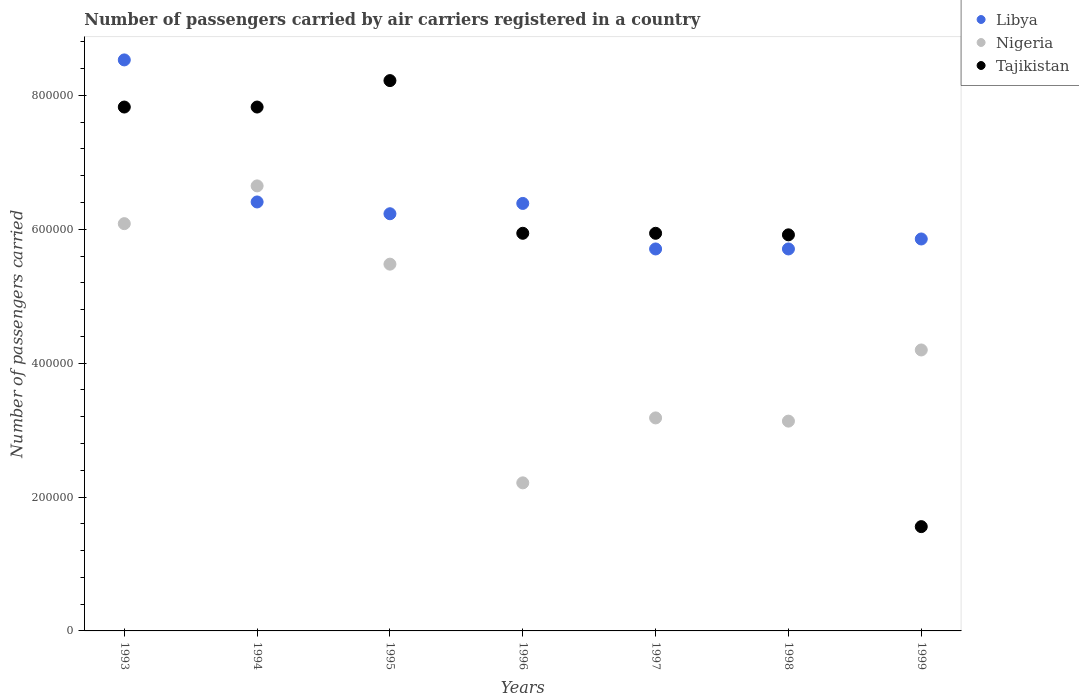
| Years | Libya | Nigeria | Tajikistan |
 | --- | --- | --- | --- |
 | 1993 | 8.53e+05 | 6.08e+05 | 7.83e+05 |
 | 1994 | 6.41e+05 | 6.65e+05 | 7.83e+05 |
 | 1995 | 6.23e+05 | 5.48e+05 | 8.22e+05 |
 | 1996 | 6.39e+05 | 2.21e+05 | 5.94e+05 |
 | 1997 | 5.71e+05 | 3.18e+05 | 5.94e+05 |
 | 1998 | 5.71e+05 | 3.13e+05 | 5.92e+05 |
 | 1999 | 5.86e+05 | 4.2e+05 | 1.56e+05 |